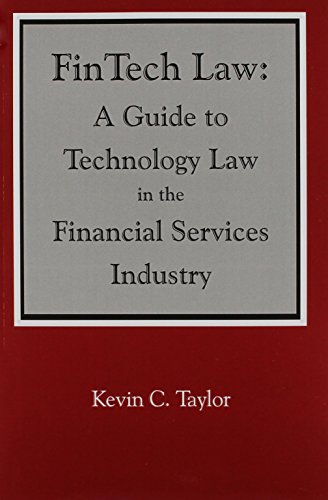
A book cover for FinTech Law: A Guide to Technology Law in the Financial Services Industry; Kevin C. Taylor; Law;